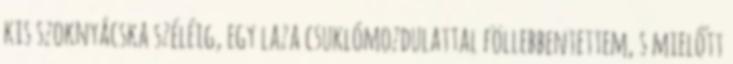
kis szoknyácska széléig, egy laza csuklómozdulattal föllebbentettem, s mielőtt